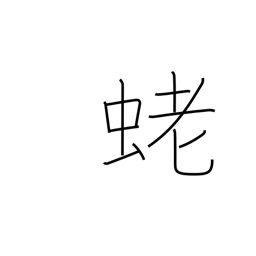
Meaning: shrimp